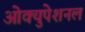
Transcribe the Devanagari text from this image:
ओक्युपेशनल